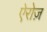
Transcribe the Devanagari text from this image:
ऐरोज़